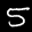
Label: 5